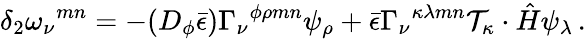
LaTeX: \delta_{2}\omega_{\nu}{}^{mn}=-(D_{\phi}\bar{\epsilon})\Gamma_{\nu}{}^{\phi\rho mn}\psi_{\rho}+\bar{\epsilon}\Gamma_{\nu}{}^{\kappa\lambda mn}{\cal T}_{\kappa}\cdot\hat{H}\psi_{\lambda}\, .